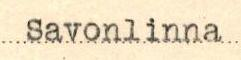
Savonlinna